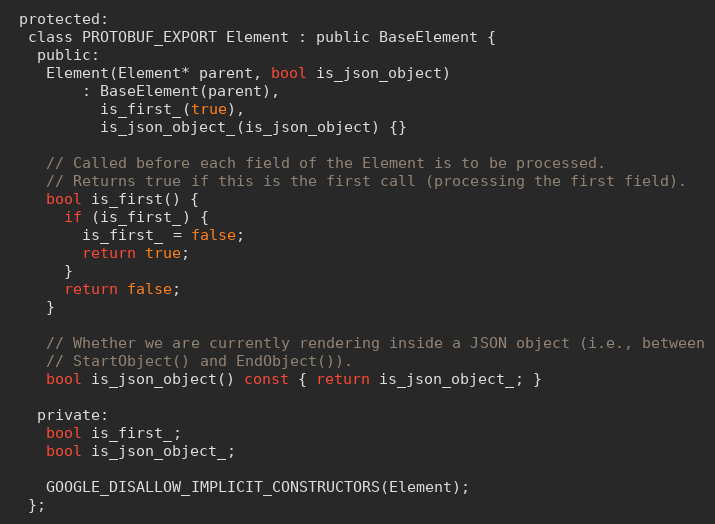
Language: C
 protected:
  class PROTOBUF_EXPORT Element : public BaseElement {
   public:
    Element(Element* parent, bool is_json_object)
        : BaseElement(parent),
          is_first_(true),
          is_json_object_(is_json_object) {}

    // Called before each field of the Element is to be processed.
    // Returns true if this is the first call (processing the first field).
    bool is_first() {
      if (is_first_) {
        is_first_ = false;
        return true;
      }
      return false;
    }

    // Whether we are currently rendering inside a JSON object (i.e., between
    // StartObject() and EndObject()).
    bool is_json_object() const { return is_json_object_; }

   private:
    bool is_first_;
    bool is_json_object_;

    GOOGLE_DISALLOW_IMPLICIT_CONSTRUCTORS(Element);
  };